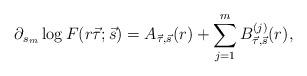
LaTeX: \begin{align*}\partial_{s_m}\log F(r\vec\tau;\vec s)=A_{\vec\tau, \vec s}(r)+\sum_{j=1}^m B_{\vec\tau, \vec s}^{(j)}(r),\end{align*}